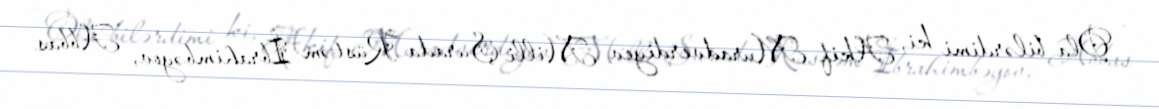
- Ola bilərdimi ki, Akif Muradverdiyev Milli Şurada Rüstəm İbrahimbəyov, Abbas